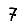
Digit: 7